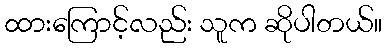
ထားကြောင့်လည်း သူက ဆိုပါတယ်။